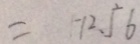
= - 1 2 . 5 6